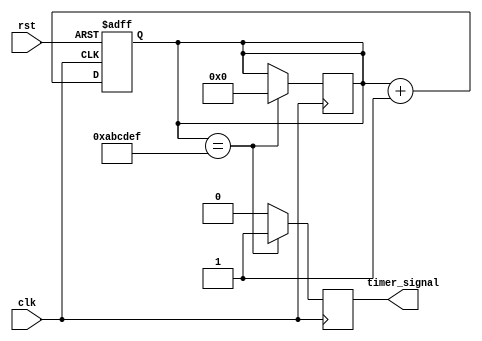
module timer_block(
    input wire clk, 
    input wire rst,
    output reg timer_signal
);

reg [31:0] counter;

always @(posedge clk or posedge rst) begin
    if (rst) begin
        counter <= 0; 
    end else begin
        counter <= counter + 1;
    end
end

always @(posedge clk) begin
    if (counter == 32'habcdef) begin
        timer_signal <= 1'b1;
        counter <= 0;
    end else begin
        timer_signal <= 1'b0;
    end
end

endmodule